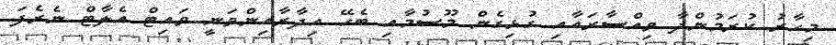
މިހާރު ކުރަމުންދާ ވިއްސާރައާއި ގުޅިގެން މޫސުމާއި ބެހޭ އިދާރާއިންވަނީ ވައިޓް އެލާޓް ނެރެފަ